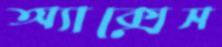
অ্যাক্সেস